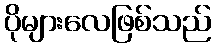
ပိုများလေဖြစ်သည်